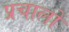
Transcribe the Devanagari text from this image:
प्रचालों